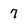
Character: 7